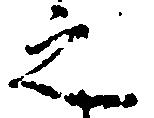
之